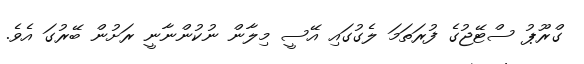
ގްރޫޕު ސްޓޭޖުގެ ފުރަތަމަ ލެގުގައި އޭސީ މިލާން ނުކުންނާނީ ރަށުން ބޭރުގަ އެވެ.